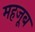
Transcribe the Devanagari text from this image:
महजूब